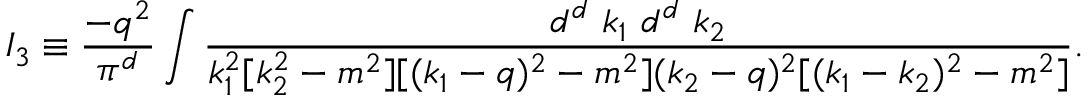
I _ { 3 } \equiv \frac { - q ^ { 2 } } { \pi ^ { d } } \int \frac { d ^ { d } ~ k _ { 1 } ~ d ^ { d } ~ k _ { 2 } } { k _ { 1 } ^ { 2 } [ k _ { 2 } ^ { 2 } - m ^ { 2 } ] [ ( k _ { 1 } - q ) ^ { 2 } - m ^ { 2 } ] ( k _ { 2 } - q ) ^ { 2 } [ ( k _ { 1 } - k _ { 2 } ) ^ { 2 } - m ^ { 2 } ] } .